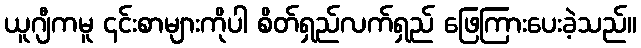
ယူဂျီကမူ ၎င်းစာများကိုပါ စိတ်ရှည်လက်ရှည် ဖြေကြားပေးခဲ့သည်။